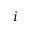
i